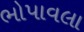
ભોપાવલા